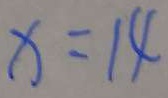
x = 1 4